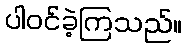
ပါဝင်ခဲ့ကြသည်။